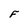
Character: F